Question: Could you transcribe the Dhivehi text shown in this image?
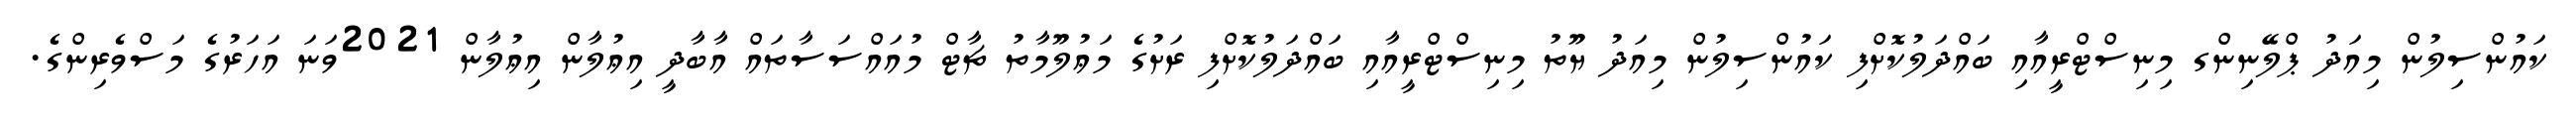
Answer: ކައުންސިލުން މިއަދު ޕްލޭނިންގ މިނިސްޓްރީއާއި ބައްދަލުކޮށްފި ކައުންސިލުން މިއަދު ޔޫތު މިނިސްޓްރީއާއި ބައްދަލުކޮށްފި ރަށުގެ މަޢުލޫމާތު ޗާޓް މުއައްސަސާތައް އާބާދީ އިޢުލާން އިޢުލާން 2021ވަނަ އަހަރުގެ މަސްވެރިންގެ.